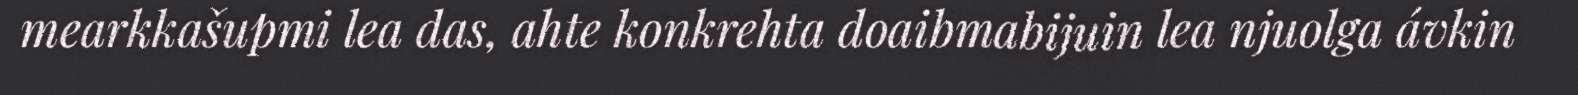
mearkkašupmi lea das, ahte konkrehta doaibmabijuin lea njuolga ávkin